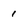
Character: 1